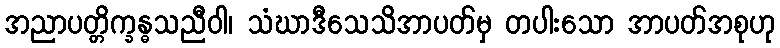
အညာပတ္တိက္ခန္ဓသညီဝါ၊ သံဃာဒီသေသိအာပတ်မှ တပါးသော အာပတ်အစုဟု